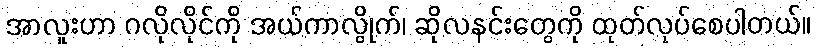
အာလူးဟာ ဂလိုလိုင်ကို အယ်ကာလွိုက်၊ ဆိုလနင်းတွေကို ထုတ်လုပ်စေပါတယ်။